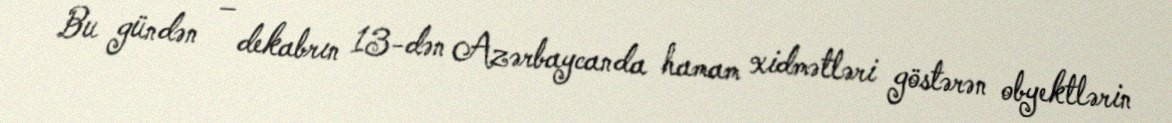
Bu gündən – dekabrın 13-dən Azərbaycanda hamam xidmətləri göstərən obyektlərin